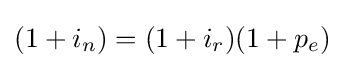
(1+i_{n})=(1+i_{r})(1+p_{e})\,\!